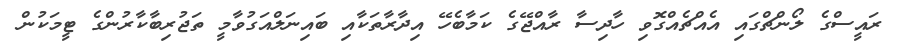
ރައީސްގެ ލޯންޗްގައި އެއްޗެއްގޮވި ހާދިސާ ރާއްޖޭގެ ކަމާބެހޭ އިދާރާތަކާއި ބައިނަލްއަގުވާމީ ތަޖުރިބާކާރުންގެ ޓީމަކުން